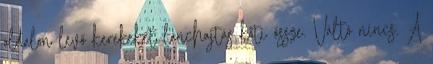
oldalon levő kerekeket lánchajtás köti össze. Váltó nincs. A